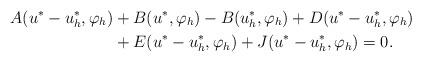
LaTeX: \begin{align*}A(u^*-u_h^*,\varphi_h)&+ B(u^*,\varphi_h)- B(u_h^*,\varphi_h)+ D(u^*- u_h^*,\varphi_h)\\ &+ E(u^*-u_h^*,\varphi_h)+ J(u^*-u_h^*,\varphi_h)=0.\end{align*}